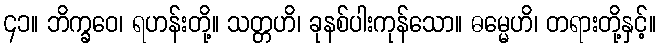
၄၁။ ဘိက္ခဝေ၊ ရဟန်းတို့။ သတ္တဟိ၊ ခုနစ်ပါးကုန်သော။ ဓမ္မေဟိ၊ တရားတို့နှင့်။